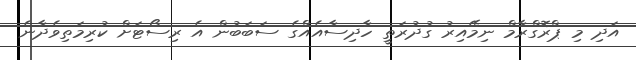
އަދި މި ޕްރޮގްރާމް ނިމޭއިރު ގުދުރަތީ ހާދިސާއެއްގެ ސަބަބުން އެ ރިސޯޓަށް ކުރިމަތިވެދާނެ